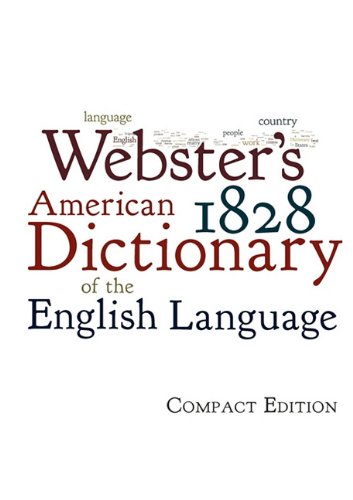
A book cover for Webster's 1828 American Dictionary of the English Language; Noah Webster; Reference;